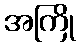
အကြို